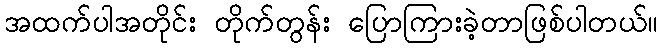
အထက်ပါအတိုင်း တိုက်တွန်း ပြောကြားခဲ့တာဖြစ်ပါတယ်။